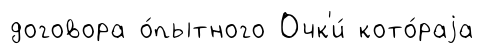
договора о́пытного Очк'и́ кото́раjа